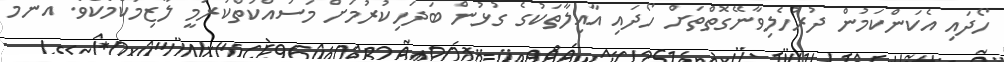
ހޯދައި އެކަންކަމުން ދުރުހެލިވާނޭގޮތްތަށް ހޯދައި އާއިލާތަކުގެ ގުޅުން ބަދަހިކުރުމަށް މަސައްކަތްކުރުމީ ލާޒިމުކަމެކެވެ. އެންމެ